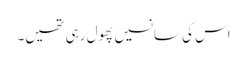
اس کی سانسیں پھول رہی تھیں۔